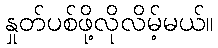
နှုတ်ပစ်ဖို့လိုလိမ့်မယ်။